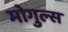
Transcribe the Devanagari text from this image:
मोगुल्स